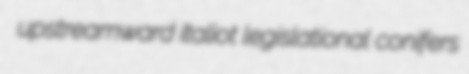
upstreamward italiot legislational conifers